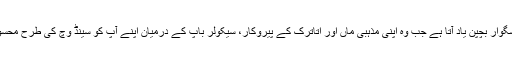
اسے اپنا نا خوشگوار بچپن یاد آتا ہے جب وہ اپنی مذہبی ماں اور اتاترک کے پیروکار، سیکولر باپ کے درمیان اپنے آپ کو سینڈ وچ کی طرح محسوس کرتی تھی۔